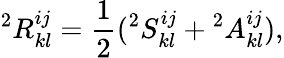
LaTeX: {}^{2}R_{kl}^{ij}=\frac{1}{2}({}^{2}S_{kl}^{ij}+{}^{2}A_{kl}^{ij}),